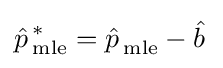
{\hat {p\,}}_{\text{mle}}^{*}={\hat {p\,}}_{\text{mle}}-{\hat {b\,}}